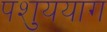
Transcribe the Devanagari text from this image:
पशुययाग